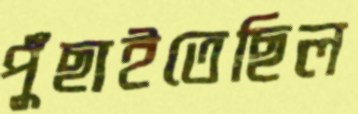
পুঁছাইতেছিল